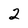
Character: 2